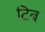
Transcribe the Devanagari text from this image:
टिब